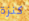
كنزة